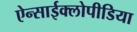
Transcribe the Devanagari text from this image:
ऐन्साईक्लोपीडिया